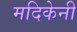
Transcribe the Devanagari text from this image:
मदिकेनी